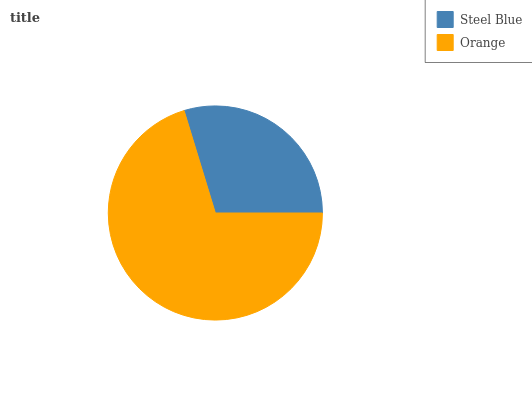
| Steel Blue | Orange |
 | --- | --- |
 | 29.7% | 70.3% |